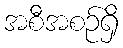
အစီအစဉ်ရှိ